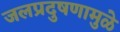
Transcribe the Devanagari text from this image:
जलप्रदुषणामुळे